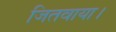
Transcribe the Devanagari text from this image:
जितवाया।